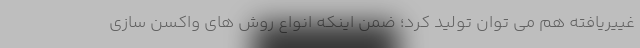
غییریافته هم می توان تولید کرد؛ ضمن اینکه انواع روش های واکسن سازی